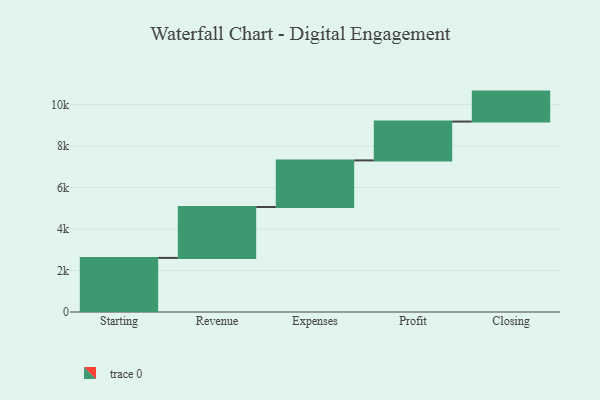
{"axis": {"x": "Step", "y": "Value"}, "legend": [""], "data": [{"x": "Starting", "y": 2606.0, "type": ""}, {"x": "Revenue", "y": 2453.0, "type": ""}, {"x": "Expenses", "y": 2244.0, "type": ""}, {"x": "Profit", "y": 1871.0, "type": ""}, {"x": "Closing", "y": 1443.0, "type": ""}]}